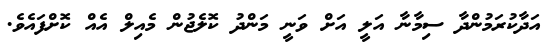
އަދާކުރަމުންދާ ސިމާނާ އަލީ އަށް ވަނީ މަންދު ކޮލެޖުން މެއިލް އެއް ކޮށްފައެވެ.